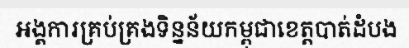
អង្គការគ្រប់គ្រងទិន្នន័យកម្ពុជាខេត្តបាត់ដំបង